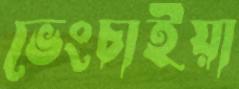
ভেংচাইয়া